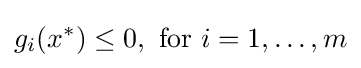
g_{i}(x^{*})\leq 0,{\text{ for }}i=1,\ldots ,m